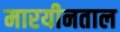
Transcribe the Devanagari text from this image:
मारयीनताल